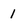
Character: 1